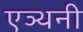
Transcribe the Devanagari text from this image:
एञ्थनी